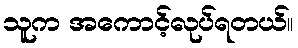
သူက အကောင့်လုပ်ရတယ်။